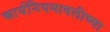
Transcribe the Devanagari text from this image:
कार्यनियमावलीच्या